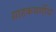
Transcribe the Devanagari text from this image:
ग्राहकवर्गीय